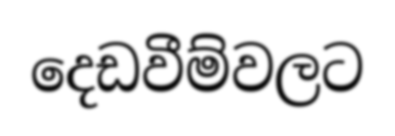
දෙඩවීම්වලට